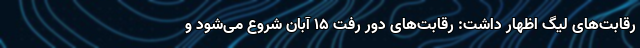
رقابت‌های لیگ اظهار داشت: رقابت‌های دور رفت ۱۵ آبان شروع می‌شود و